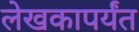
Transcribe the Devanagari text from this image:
लेखकापर्यंत